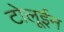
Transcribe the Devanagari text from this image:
टोलूईन